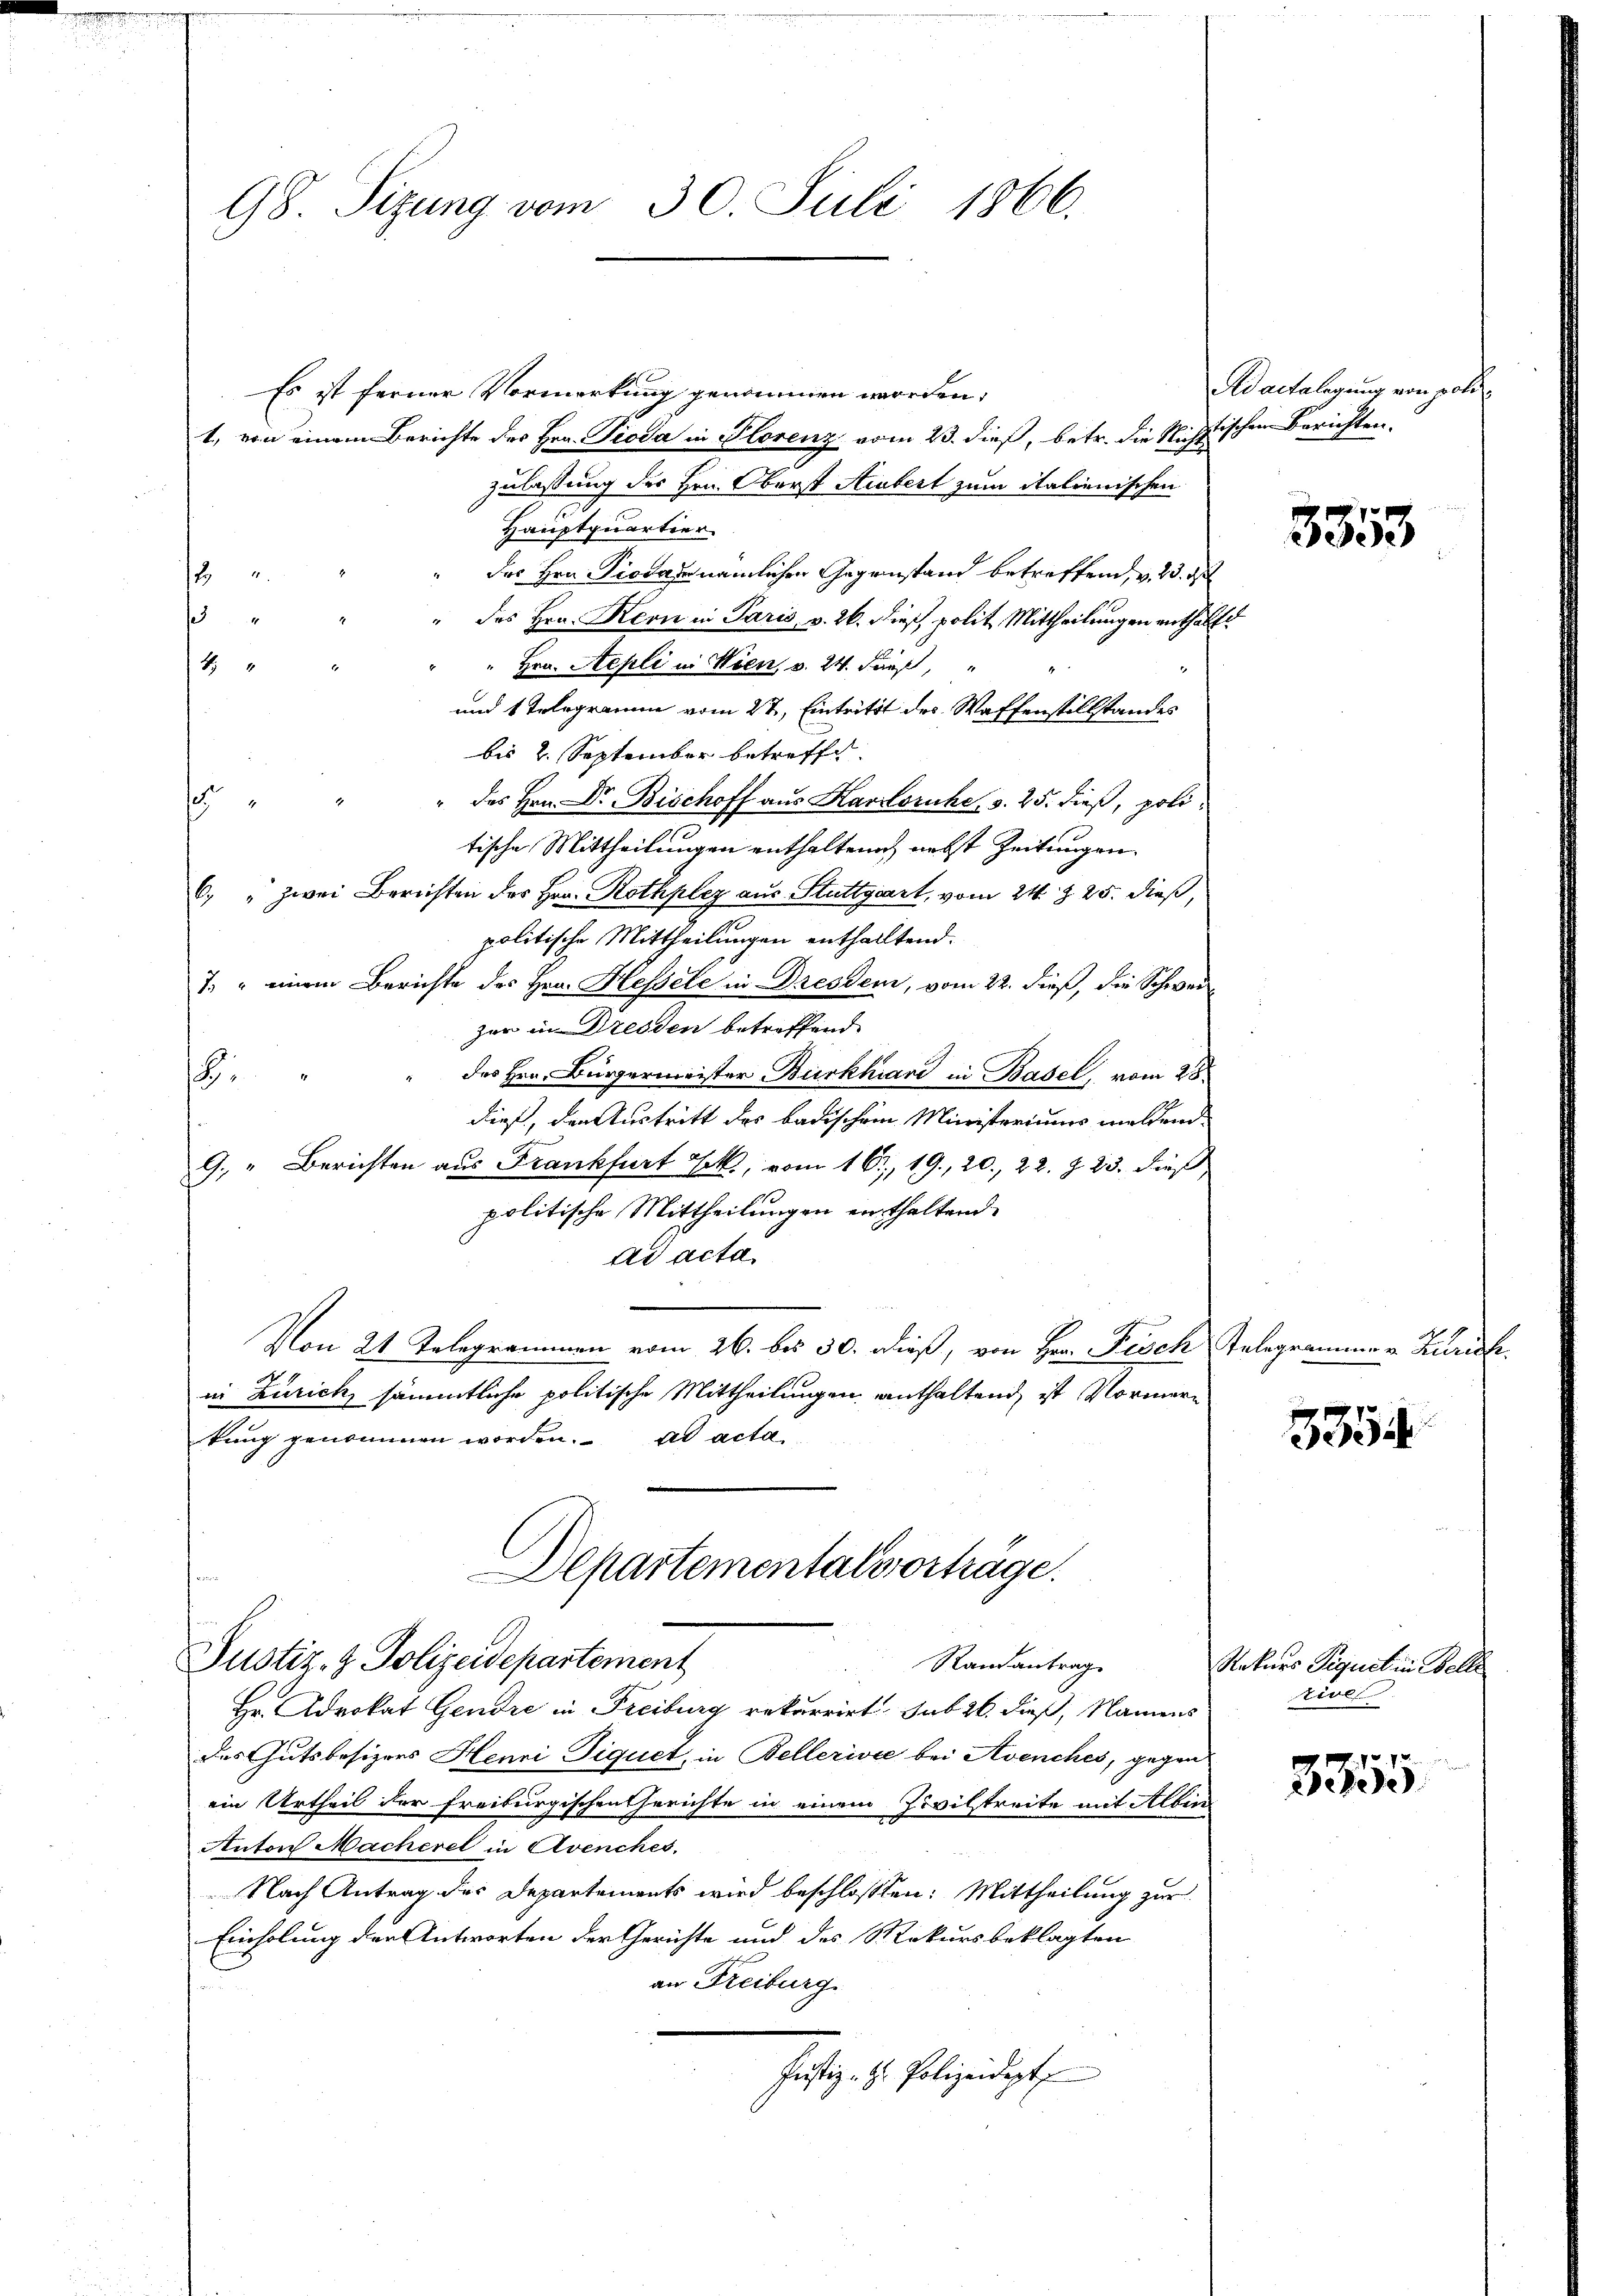
98. Sizung vom 30. Juli 1866.

Es ist ferner Vormerkung genommen worden.
1, von einem Berichte des Hrn. Pioda in Plorenz vom 23. dieß, betr. die Wichstischen Berichten.
zulassung des Hrn. Oberst Atrubert zum italienischen
Hauptquartier
" des Hrn. Piodare nämlichen Gegenstand betreffend, v. 23. d
f
1
" des Hrn. Kern in Paris, v. 26. dieß, polit. Mittheilungen enthälft
Hrn. Sepli in Wien, v. 24. Fuß,
4
und 1 Telegramme vom 27. Eintritt des Waffenstillstandes
bis 2. September betreffe.
" des Hrn. Dr. Bischoff aus Karlsruhe, s. 25. dieß, polia
tische Mittheilungen enthalten nebst Zeitungen
6. " zwei Berichten des Hrn. Rothplez aus Stuttgart, vom 24. Z. 25. dieß,
politische Mittheilungen enthalltend.
7. " einem Berichte des Hrn. Hessele in Dresdem, vom 22. dieß, die Schweizer in Dresden betreffend
des Hrn. Bürgermeister Burkhard in Basel, vom 28.
1
dieß, den Austritt des badischem Ministeriums meldend
G. " Berichten aus Frankfurt Jak., vom 16. 19. 20. 22. §. 23. dieß
politische Mittheilungen enthaltend
Ad acta.
Von 21 Telegrammen vom 26. bis 30. dieß, von Hrn. Fisch Telegrammen. Zürich
in Zürich sämmtliche politische Mittheilungen enthaltend, ist Vormerkung genommen worden. ad acta
Departementalsvorträge.

Justiz- & Polizeidepartement
Randantrag

Hr. Advokat Gendre in Freiburg rekurrirt sub 26. dieß, Namens
des Gutsbesizers Henri Tiquet, in Bellerivie bei Avenches, gegen
ein Urtheil der freiburgischen Gerichte in einem Zivilstreite mit Albin
Anton Macheret in Avenches.
Nach Antrag des Departements wird beschlossen: Mittheilung zur
Einholung der Antworten der Gerichte und des Rekursbeklagten
an Freiburg.
Justiz- & Polizeidigt

Ad actalegung von pote

3353

3354

Rekurs Piquet in Belle
tive

.7 8
2erede